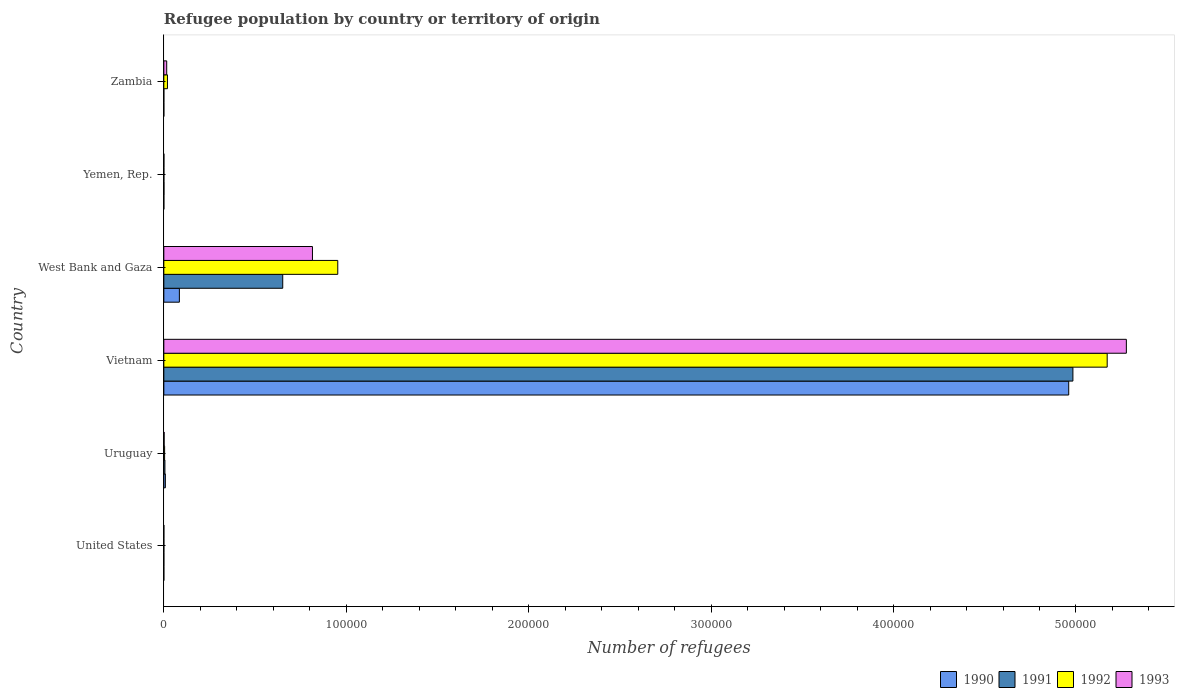
| Country | 1990 | 1991 | 1992 | 1993 |
 | --- | --- | --- | --- | --- |
 | United States | 1 | 8 | 10 | 12 |
 | Uruguay | 842 | 601 | 429 | 162 |
 | Vietnam | 4.96e+05 | 4.98e+05 | 5.17e+05 | 5.28e+05 |
 | West Bank and Gaza | 8.52e+03 | 6.52e+04 | 9.53e+04 | 8.15e+04 |
 | Yemen, Rep. | 8 | 73 | 31 | 39 |
 | Zambia | 1 | 1 | 1.99e+03 | 1.57e+03 |